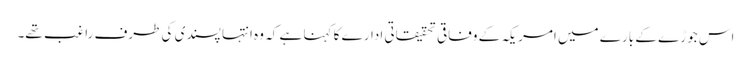
اس جوڑے کے بارے میں امریکہ کے وفاقی تحقیقاتی ادارے کا کہنا ہے کہ وہ انتہا پسندی کی طرف راغب تھے۔